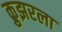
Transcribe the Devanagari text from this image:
क्रुझरला